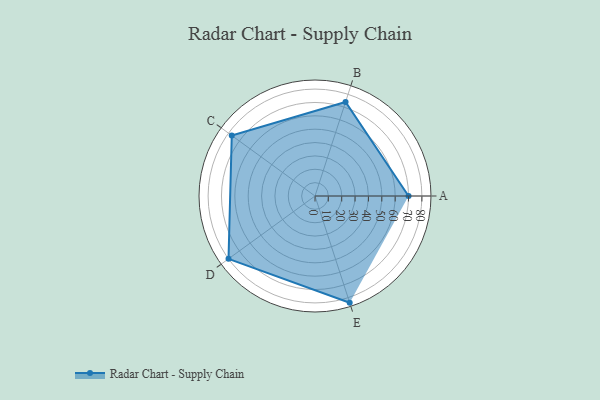
{"axis": {"x": "Skill", "y": "Score"}, "legend": ["Profile"], "data": [{"x": "A", "y": 70.0, "type": "Profile"}, {"x": "B", "y": 74.0, "type": "Profile"}, {"x": "C", "y": 77.0, "type": "Profile"}, {"x": "D", "y": 80.0, "type": "Profile"}, {"x": "E", "y": 84.0, "type": "Profile"}]}